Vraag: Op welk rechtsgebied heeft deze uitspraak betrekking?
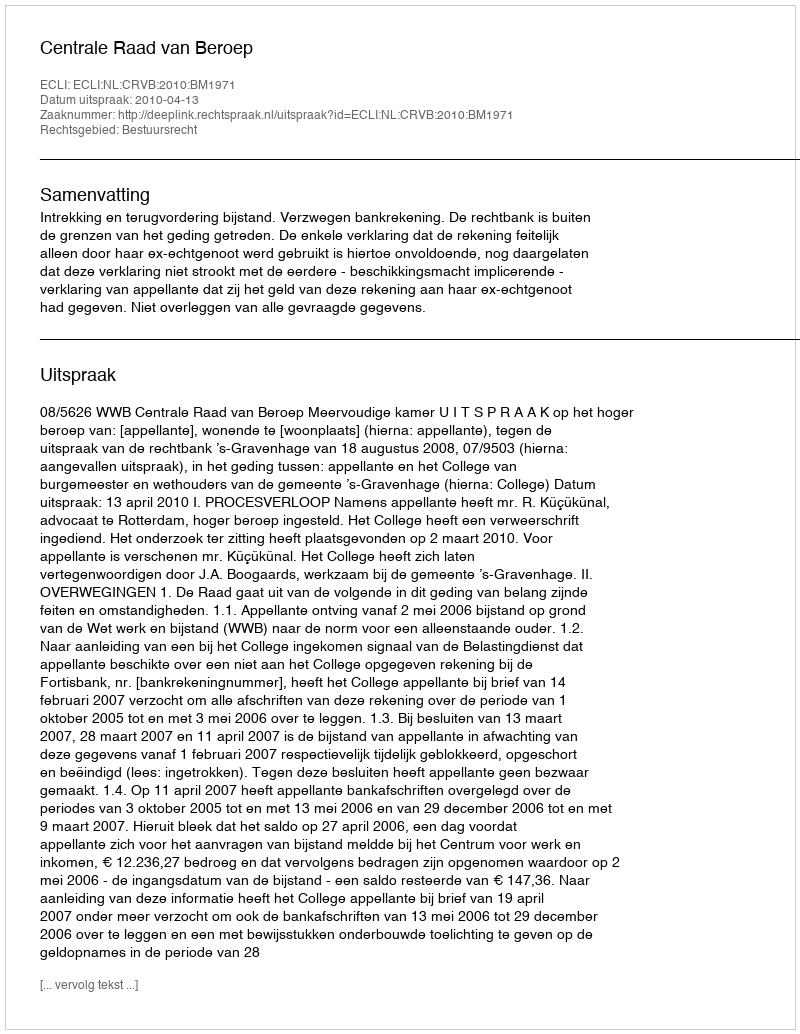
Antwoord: Bestuursrecht